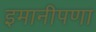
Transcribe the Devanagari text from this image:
इमानीपणा